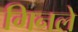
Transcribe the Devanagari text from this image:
गिनले